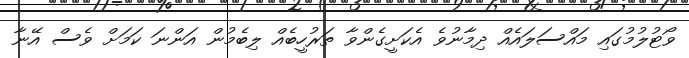
ވޯޓުލުމުގައި މައްސަލައެއް ދިމާނުވެ އެކަށީގެންވާ ތަރުހީބެއް ލިބެމުން އަންނަ ކަމަށް ވެސް އޭނާ